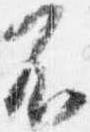
不